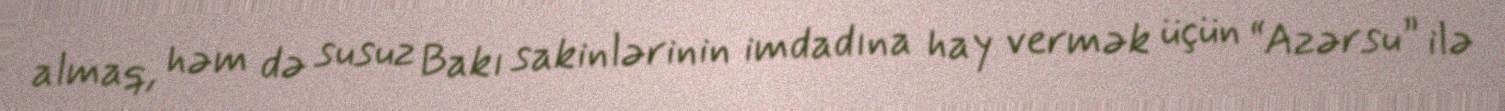
almaq, həm də susuz Bakı sakinlərinin imdadına hay vermək üçün “Azərsu” ilə